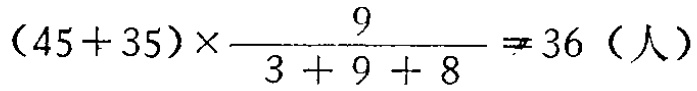
\((45 + 35)\times\frac{9}{3 + 9 + 8}=36（人）\)